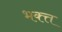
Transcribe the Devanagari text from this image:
भक्त्त